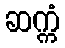
ဆက္ကံ